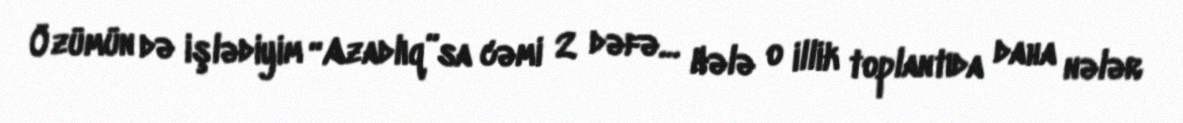
Özümün də işlədiyim “Azadlıq”sa cəmi 2 dəfə… Hələ o illik toplantıda daha nələr